Civil Veterinary Dept. Bombay admin report 1900-1906 - 1900-1906
Year: 1900
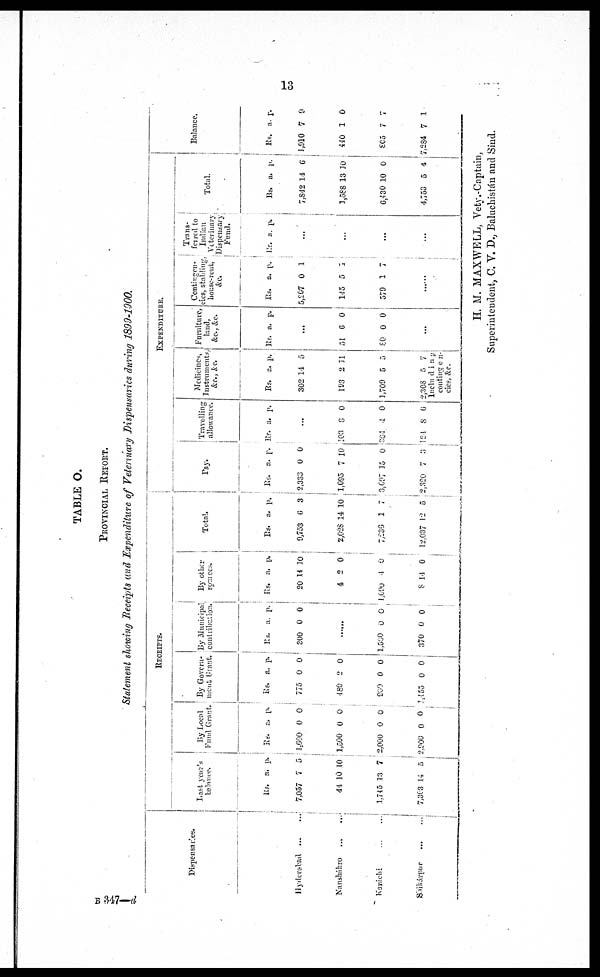
13
TABLE O.
PROVINCIAL REPORT.
Statement showing Receipts and Expenditure of Veterinary Dispensaries during 1899-1900.
Dispensaries.
Hyderabad
...
...
Nausháhro
...
...
Karáchi
...
...
Shikárpur...
...
RECEIPTS.
Last year's
balance.
Rs.
7,057
44
1,745
7,303
a.
7
10
13
14
p.
5
10
7
5
By Local
Fund Grant.
Rs.
1,600
1,500
2,000
2,900
a.
0
0
0
0
p.
0
0
0
0
By Govern-
ment Grant.
Rs,
775
480
900
1,455
a.
0
2
0
0
p.
0
0
0
0
By Municipal
contribution.
Rs,
300
a.
0
p.
0
1,500
370
0
0
0
0
By other
somces.
Rs.
20
4
1,090
8
a.
14
2
4
14
p.
10
0
0
0
Total.
Rs.
9,753
2,028
7,236
12,037
a.
6
14
1
12
p.
3
10
7
5
EXPENDITURE.
Pay.
Rs.
2,333
1,095
3,697
2,320
a.
0
7
15
7
p.
0
10
0
3
Travelling
allowance.
Rs. a. p.
...
103
364
124
8
4
8
0
0
6
Medicines,
Instruments,
&c.,&c.
Rs.
302
193
1,709
2,308
a.
14
2
5
5
p.
5
11
5
7
Including
contingen-
cies,&c.
Furniture,
land,
&c., &c.
Rs. a. p.
...
51
80
6
0
0
0
...
Contingen-
cies, stabling,
house-rent.
&c.
Rs.
5,207
145
579
a.
0
5
1
p.
1
1
7
Trans-
ferred to
Indian
Veterinary
Dispensary
Fund.
Rs. a. p.
...
...
...
...
Total.
Rs.
7,842
1,588
6,430
4,753
a.
14
13
10
5
p.
6
10
0
4
Balance.
Rs.
1,910
440
805
7,284
a.
7
1
7
7
p.
9
0
7
1
H. M. MAXWELL, Vety.-Captain,
Superintendent, C. V. D., Baluchistán and Sind.
B 347—d